Report on vaccination in the Province of Bengal - 1874-1889
Year: 1874
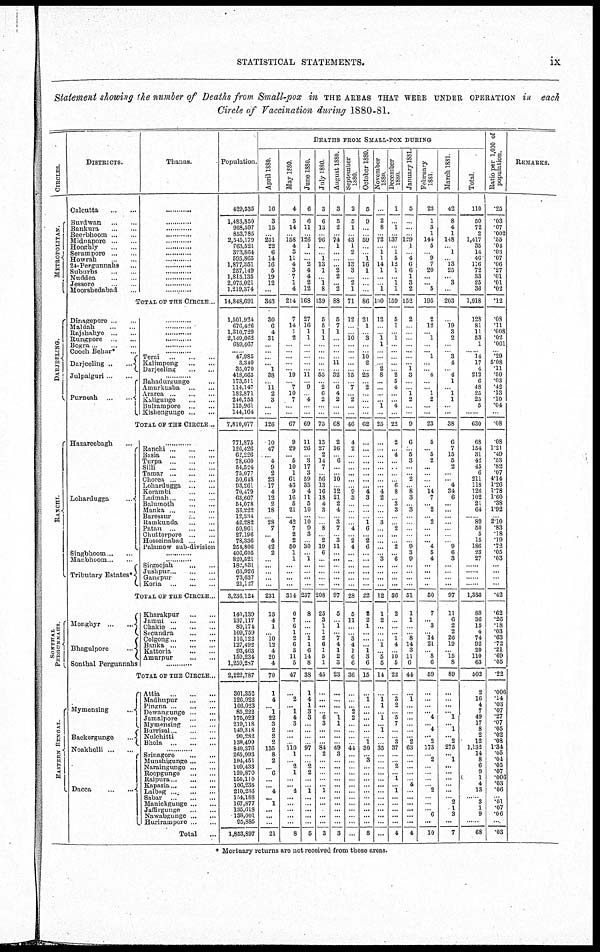
STATISTICAL STATEMENTS.
ix
Statement showing the number of Deaths from Small-pox in THE AREAS THAT WERE UNDER OPERATION in each
Circle of Vaccination during 1880-81.
CIRCLES.
METROPOLITAN.
DARJEELING.
RANCHI.
SONTHAL
PERGUNNAHS.
EASTERN BENGAL.
DISTRICTS.
Calcutta
...
...
Burdwan
...
...
Bankura
...
...
Beerbhoom ... ...
Midnapore ... ...
Hooghly
...
...
Serampore ... ...
Howrah
...
...
24-Pergunnahs ...
Suburbs ... ...
Nuddea ... ...
Jessore
...
...
Moorshedabad ...
Thanas.
......
......
......
......
......
......
......
......
......
......
......
......
......
TOTAL OF THE CIRCLE...
Dinagepore ... ...
Maldah
...
...
Rajshahye ... ...
Rungpore
...
...
Bogra ... ...
Cooch Behar* ...
Darjeeling ... ...
Julpaiguri ... ...
Puraeah ... ...
......
......
......
......
......
......
Terai
...
...
...
Kalimpong ... ...
Darjeeling
...
...
............
Bahadurgunge ...
Amurkusba
...
...
Ararea ... ...
Kaligunge
...
...
Bulrampore
...
...
Kishengunge ... ...
TOTAL OF THE CIRCLE...
Lohardugga
...
Singbhoom ... ...
Manbhoom
Tributary Estates*
Ranchi ... ... ...
Basia
...
...
...
Turpa
...
...
...
Silli
...
...
...
Tamar
...
...
...
Chorea
...
...
...
Lobardugga ... ...
Korambi
...
...
Ladmah ... ... ...
Balumoth
...
...
Manka
...
...
...
Baressur ... ...
Ramkunda
...
...
Patau
...
...
...
Chutterpore
...
...
Hosseinabad ... ...
Palamow sub-division
............
............
Sirgoojah
...
...
Jushpur ... ... ...
Gangpur
...
...
Koria
...
...
TOTAL OF THE CIRCLE...
Monghyr
...
...
Bhagulpore ...
Sonthal Pergunnaba
Kharakpur
...
...
Jamui
...
...
...
Chakie
...
...
...
Secundra
...
...
Colgong ... ... ...
Banka
...
...
...
Kattoria
...
...
Amurpur
...
...
TOTAL OF THE CIRCLE...
Mymensing
...
Backergunge
...
Noakholli ... ...
Dacca
...
...
Attia
...
...
...
Madhupur ... ...
Pingna ... ...
Dewangunge ... ...
Jamalpore
...
...
Mymensing
...
...
Burrisal ... ... ...
Nulchitti ... ... ...
Bhola
...
...
...
............
Srinagore
...
...
Munshigunge ... ...
Naraingunge ... ...
Roopgunge
...
...
Raipura
...
...
Kapasia ... ... ...
Lalbag
... ... ...
Sabar
...
...
...
Manickgunge ... ...
Jaffirgunga
...
...
Nawabgunge ... ...
Hurirampore ... ...
Total ...
Population.
429,535
1,483,850
968,597
853,785
2,545,179
763,521
393,864
595,865
1,877,351
257,149
1,815,135
2,075,021
1,219,374
14,848,691
1,501,924
676,426
1,310,729
2,149,062
689,467
... 47,985
3,340
35,070
418,665
173,511
114,147
182,871
246,755
115,961
144,164
7,810,077
771,875
126,426
62,226
78,660
54,524
75,077
50,648
93,261
70,479
63,607
54,078
33,222
12,334
42,282
59,961
27,196
78,336
254,806
406,605
820,521
182,831
66,926
73,637
21,127
3,236,124
140,139
137,117
80,174
109,759
110,122
127,492
93,463
159,234
l,259,287
2,222,787
301,352
120,922
106,023
85,222
175,022
219,118
149,318
90,282
138,499
840,376
265,993
194,451
109,433
120,870
155,110
106,235
210,236
154,188
167,877
135,618
138,001
95,885
1,853,897
DEATHS FROM SMALL-POX DURING
April 1880.
16
3
15
...
231
22
6
14
16
5
19
12
...
343
30
6
4
31
...
...
...
... 1
38
... 11
2
3
...
...
126
10
47
... 4
9
2
23
17
4
12
2
18
... 28
7
... 4
42
2
...
...
...
...
...
231
15
4
1
... 10
12
4
20
4
70
1
4
... 1
22
3
2
2
2
135
8
2
... 6
...
... 4
... 1
...
...
...
21
May 1880.
4
5
14
...
158 4
3
11
4
3
7
1
4
214
7
14
1
2
...
...
...
...
... 19
... 7
10
7
...
...
67
9
29
... 5
10
1
61
43
9
16
5
21
... 42
7
2
2
50
1
1
...
...
...
...
314
6
7
6
1
2
6
3
11
5
47
...
2
... 1
4
3
...
...
... 110 1
... 2
1
...
... 4
...
...
...
...
...
8
June 1880.
6
6
11
...
126
1
...
...
2
4
4
2
12
168
27
16
1
1
...
...
...
...
...
11
... 9
... 4
...
...
69
11
26
...
3
17
3
59
35
4
11
5
10
... 10
9
3
... 30
... 1
...
...
...
...
237
8
...
...
... 1
1
6
14
8
38
1
4
1
3
3
...
...
...
... 97
...
... 2
2
...
...
1
...
...
...
...
...
5
July 1880.
3
6
13
...
96
...
...
1
13
1
...
1
8
139
5
5
1
1
...
...
...
...
... 53
... 2
6
2
...
...
75
13
27
2
14
7
... 56
13
16
18
4
3
...
... 8
... 2
19
6
...
...
...
...
...
208
25
3
1
1
2
6
1
6
1
45
...
...
...
... 6
3
...
...
... 84
2
...
...
...
...
...
1
...
...
...
...
...
3
August 1880.
3
5
2
...
74
1
...
...
...
2
2
... 2
88
5
7
1
...
...
...
... 11
... 32
...
6 4
2
...
...
68
2
16
... 6
...
... 10
...
12 21
2
4
... 3
7
... 3
11
...
...
...
...
...
...
97
5
... 1
... 7
4
1
2
3
23
...
...
...
... 1
1
...
...
... 49
3
...
...
...
...
...
...
...
...
...
...
...
3
September
1880.
2
5
1
...
43
1
2
...
13
3
...
2
1
71
12
...
...
10
...
...
...
...
... 15
... 7
... 2
...
...
46
4
2
...
...
...
...
...
... 9
3
...
...
...
... 4
... 2
4
...
...
...
...
...
...
28
5
11
...
... 3
4
1
6
6
36
...
...
... 2
2
...
...
...
... 44
...
...
...
...
...
...
...
...
...
...
...
...
...
October 1880.
5
9
...
...
59
...
...
1
16
1
...
...
...
86
21
1
... 3
...
...
10 2
... 23
... 2
...
...
...
...
62
...
...
...
...
...
...
...
... 4
3
...
...
... 1
6
... 2
6
...
...
...
...
...
...
22
2
2
1
...
...
... 1
3
6
15
...
1
...
...
...
...
...
...
1
30
... 3
...
...
...
...
...
...
...
...
...
...
3
November
1880.
...
2
8
...
72
...
1
1
14
1
...
... 1
100
12
...
... 1
1
...
...
... 2
8
...
...
...
... 1
...
25
...
...
...
...
...
...
...
... 4
2
...
...
... 3
...
...
...
...
... 3
...
...
...
...
12
1
2
...
...
... 1
... 5
5
14
...
1
1
... 1
...
1
...
... 35
...
...
...
...
...
...
...
...
...
...
...
...
...
December
1880.
1
...
1
...
137
...
1
5
12
1
...
1
1
159
5
1
...
1
...
...
...
...
... 2
5
4
...
... 4
...
22
2
... 4
...
...
...
... 6
8
... 3
3
...
... 2
...
... 2
... 6
...
...
...
...
36
2
...
...
... 1
4
...
10 5
22
...
3
2
... 5
7
...
... 3
37
...
... 2
...
1
...
1
...
...
...
...
...
4
January 1881.
5
...
...
...
129
1
...
4
0
6
1
3
2
152
2
...
...
...
...
...
...
...
1
3
...
... 1
2
...
...
9
6
... 5
3
...
... 2
... 8
3
... 3
...
...
...
...
... 9
3
9
...
...
...
...
51
1
1
...
... 8
14
3
11
6
44
...
1
...
...
...
...
...
... 2
63
...
...
...
...
... 4
...
...
...
...
...
...
4
February
1881.
23
1
3
1
144
5
...
9
7
20
...
... 5
195
2
12
... 1
...
... 1
...
... 4
...
... 1
2
...
...
23
5
... 5
2
...
...
...
... 14
7
... 2
... 2
...
...
... 4
5
4
...
...
...
...
50
7
... 3
... 14
21
... 8
6
69
...
...
...
... 4
... 4
... 2
173
... 2
...
...
...
... 2
...
...
... 6
...
10
March 1881.
42
8
4
1
148
...
1
...
13
25
...
3
...
203
...
19
3
2
...
... 3
4
... 4
1
... 1
1
...
...
38
6
7
15
5
2
...
... 4
34
6
...
...
...
...
...
...
... 9
6
3
...
...
...
...
97
11
6
2
2
26
19
... 15
8
89
...
...
...
... 1
... 1
...
275
... 1
...
...
...
...
...
... 2
1
3
...
7
Total.
110
50
72
2
1,417
35
14
46
116
72
33
25
36
1,918
128
81
11
53
1
......
14
17
4
212
6
48
25
25
5
......
630
68
154
31
42
45
6
211
118
126
102
21
64
......
89
50
5
15
186
23
27
......
......
......
......
1,383
88
36
15
4
74
92
20
110
63
602
2
16
4
7
49
17
8
2
12
1,132
14
8
6
9
1
4
13
......
3
1
9
......
68
Ratio per 1,000 of
population.
.25
.03
.07
.002
.55
.04
.03
.07
.06
.27
.01
.01
.02
.12
.08
.11
.008
.02
.001
... .29
5.08
.11
.50
.03
.42
.13
.10
.04
...
.08
.08
1.21
.49
.53
.82
.07
4.14
1.26
1.78
1.60
.38
1.92
... 2.10
.83
.18
.19
.72
.05
.03
...
...
...
...
.42
.62
.26
.18
.03
.63
.72
.21
.69
.05
.22
.006
.14
.03
.07
.27
.07
.05
.02
.08
1.34
.05
.04
.05
.07
.006
.03
.06
... .01
.07
.06
...
.03
REMARKS.
* Mortuary returns are not received from these areas.